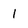
Character: 1